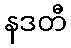
နဒတီ